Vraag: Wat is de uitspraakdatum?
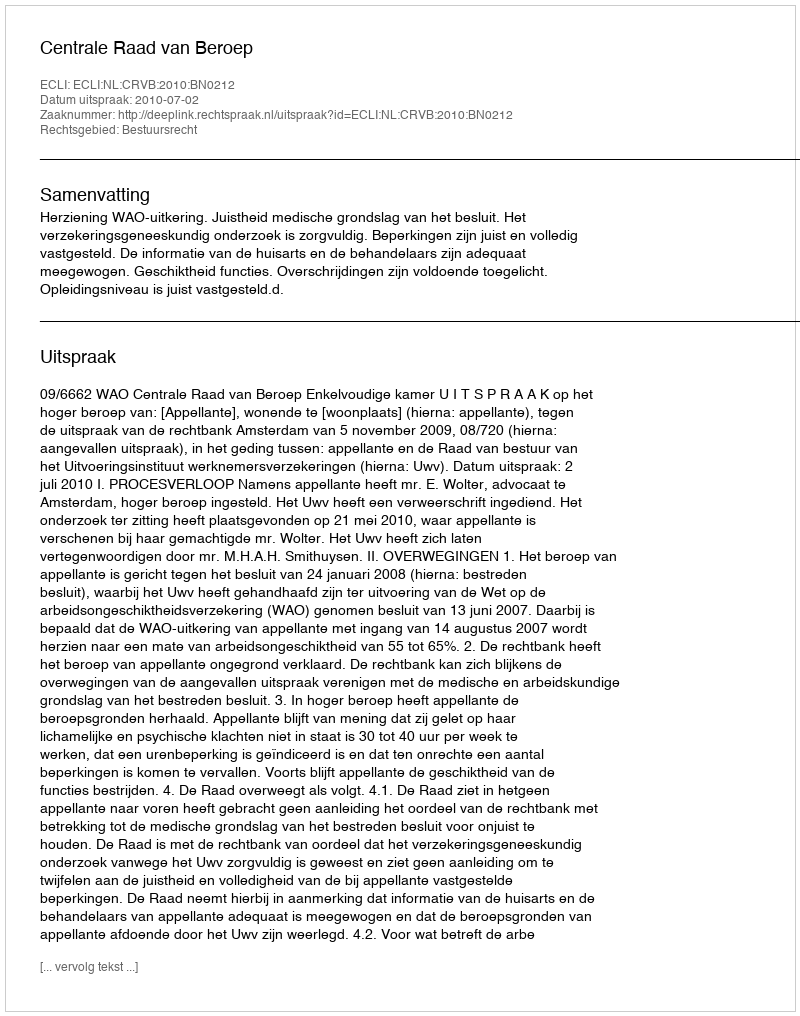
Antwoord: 2010-07-02